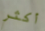
أكثر